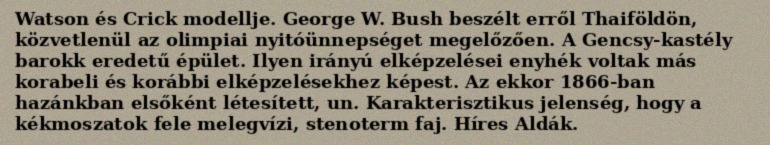
Watson és Crick modellje. George W. Bush beszélt erről Thaiföldön, közvetlenül az olimpiai nyitóünnepséget megelőzően. A Gencsy-kastély barokk eredetű épület. Ilyen irányú elképzelései enyhék voltak más korabeli és korábbi elképzelésekhez képest. Az ekkor 1866-ban hazánkban elsőként létesített, un. Karakterisztikus jelenség, hogy a kékmoszatok fele melegvízi, stenoterm faj. Híres Aldák.